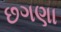
છગણા